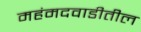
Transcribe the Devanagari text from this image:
महंमदवाडीतील